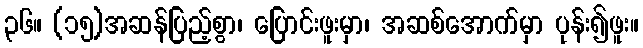
၃၆။ (၁၅)အဆန်ပြည့်စွာ၊ ပြောင်းဖူးမှာ၊ အဆစ်အောက်မှာ ပုန်း၍ဖူး။